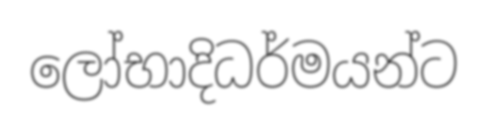
ලෝභාදිධර්මයන්ට